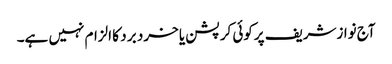
آج نوازشریف پرکوئی کرپشن یا خرد بر د کا الزام نہیں ہے۔